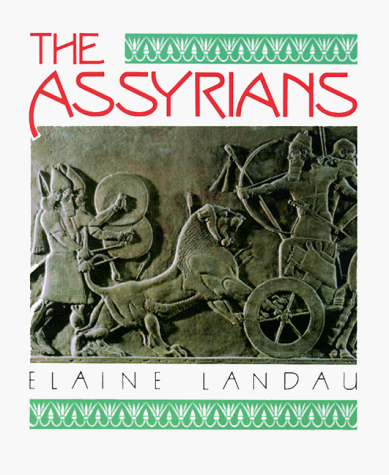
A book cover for The Assyrians (The Cradle of Civilization); Elaine Landau; Children's Books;